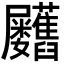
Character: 𦧃